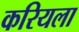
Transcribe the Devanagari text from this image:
करियला